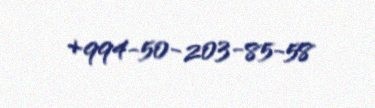
+994-50-203-85-58